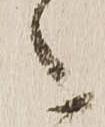
之